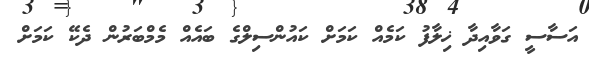
އަސާސީ ގަވާއިދާ ޚިލާފު ކަމެއް ކަމަށް ކައުންސިލްގެ ބައެއް މެމްބަރުން ދެކޭ ކަމަށް